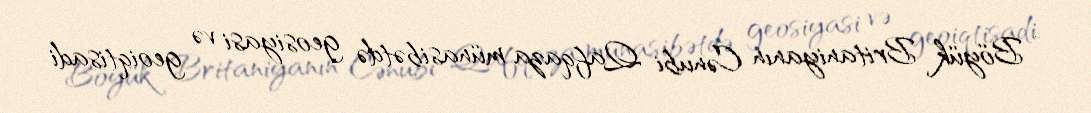
- Böyük Britaniyanın Cənubi Qafqaza münasibətdə geosiyasi və geoiqtisadi